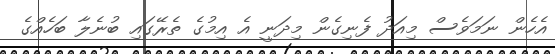
އެހެން ނަމަވެސް މިއަދު ފެނިގެން މިދަނީ އެ އިމުގެ ތެރޭގައި ބުނެލާ ބަހެއްގެ